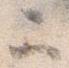
二